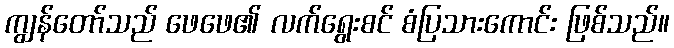
ကျွန်တော်သည် ဖေဖေ၏ လက်ရွေးစင် စံပြသားကောင်း ဖြစ်သည်။